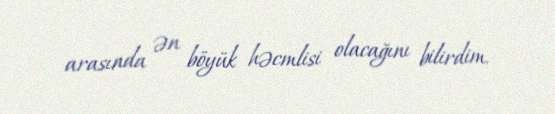
arasında ən böyük həcmlisi olacağını bilirdim.